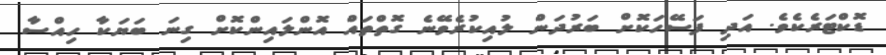
ޑޮކްޓަރެކެވެ. އަދި ފަސޭހަކޮށް ބަރުދަން ލުއިކުރެވޭނެ ގޮތްތައް އޮންލައިންކޮށް ގިނަ ބަޔަކާ ހިއްސާ